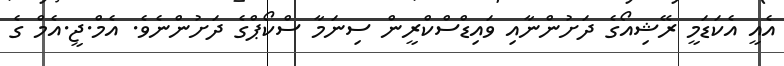
އެއީ އެކަޑަމީ ރޭޝިއޯގެ ދަށުންނާއި ވައިޑްސްކްރީން ސިނަމާ ސްކޯޕްގެ ދަށުންނެވެ. އެމް.ޖީ.އެމް ގެ